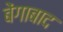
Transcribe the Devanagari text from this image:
बेंगाबाद